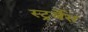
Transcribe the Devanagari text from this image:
स्ट्रर्जेस